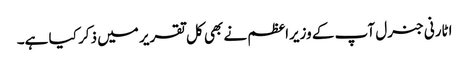
اٹارنی جنرل آپ کے وزیراعظم نے بھی کل تقریر میں ذکر کیا ہے۔